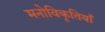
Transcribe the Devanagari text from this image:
मनोविकृतियाँ